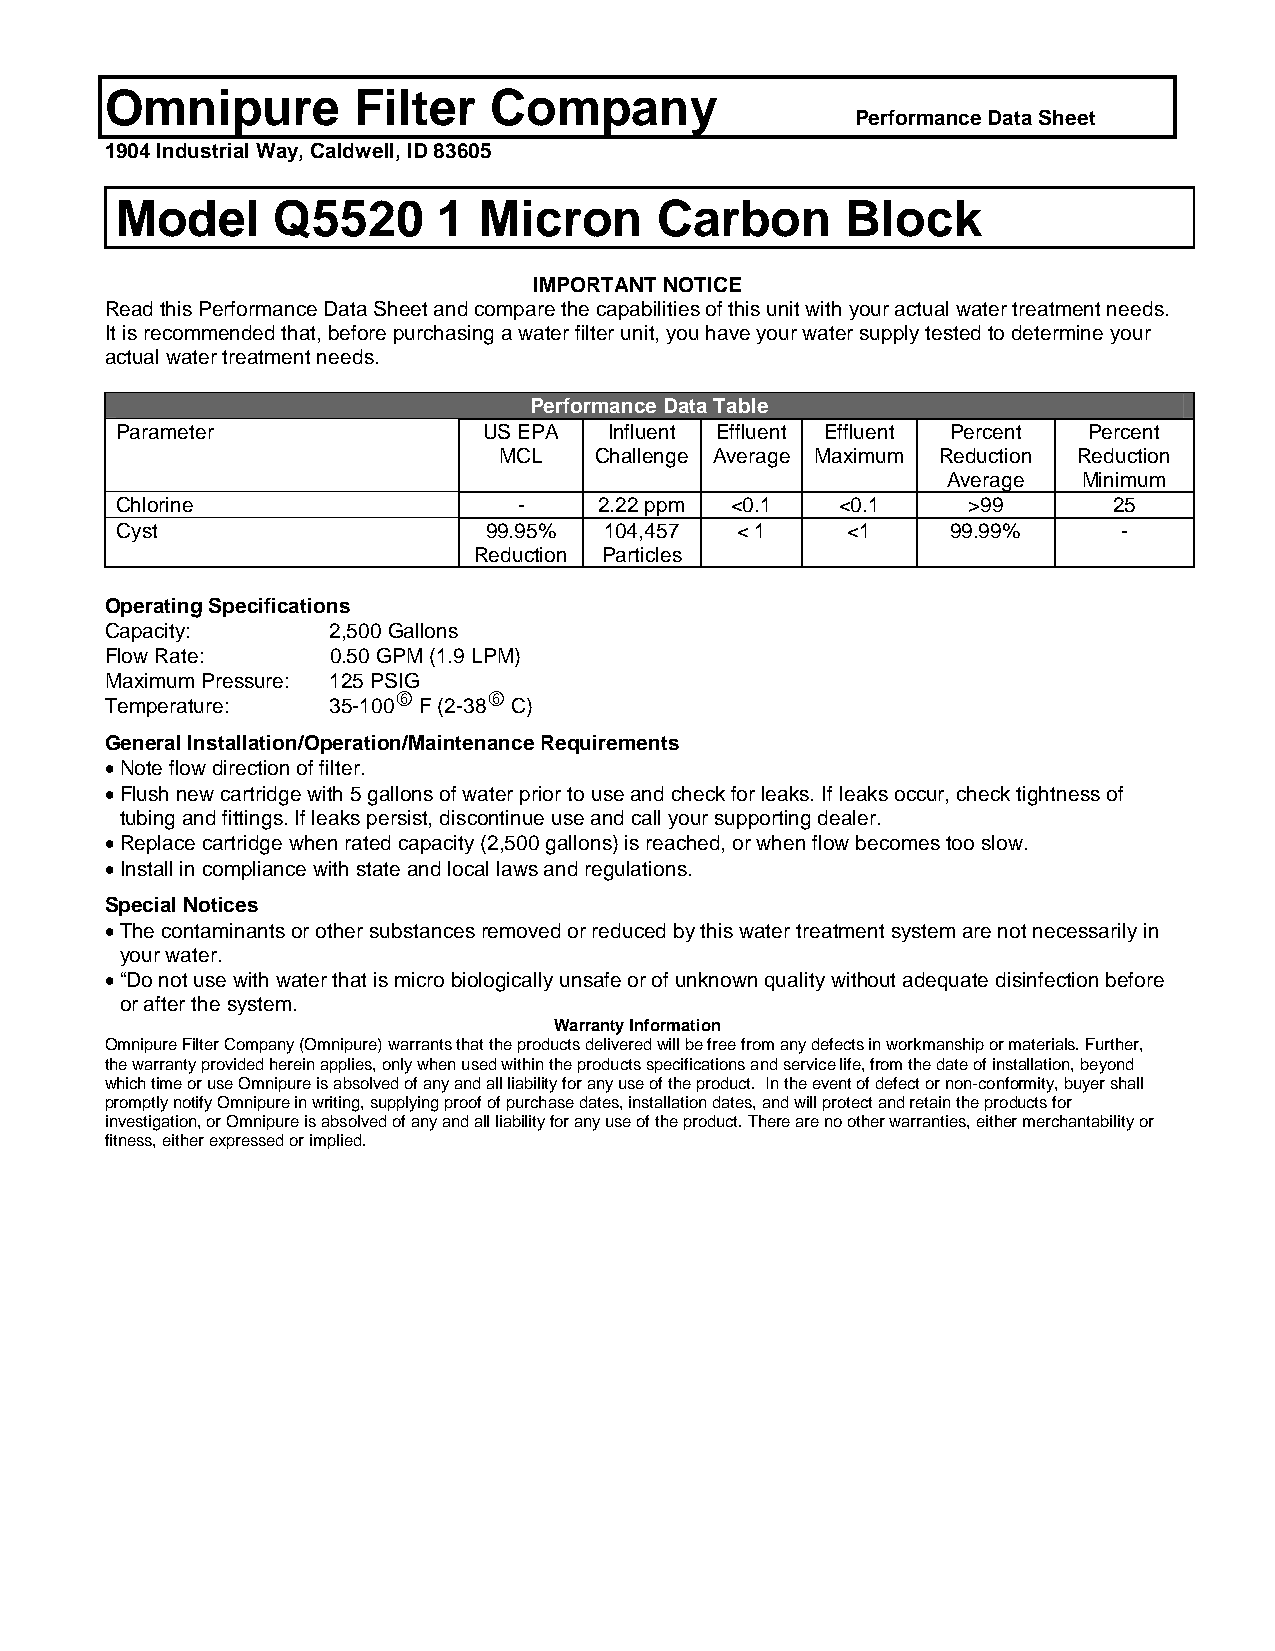
Omnipure        Filter    Company
 Performance Data Sheet
 1904 Industrial Way, Caldwell, ID 83605
 Model     Q5520      1  Micron      Carbon      Block
 IMPORTANT NOTICE
 Read this Performance Data Sheet and compare the capabilities of this unit with your actual water treatment needs.
 It is recommended that, before purchasing a water filter unit, you have your water supply tested to determine your
 actual water treatment needs.
 Performance Data Table
 Parameter               US EPA  Influent Effluent Effluent Percent Percent
 MCL   Challenge Average Maximum Reduction Reduction
 Average  Minimum
 Chlorine                  -     2.22 ppm <0.1   <0.1    >99       25
 Cyst                    99.95%  104,457  < 1    <1     99.99%     -
 Reduction Particles
 Operating Specifications
 Capacity:      2,500 Gallons
 Flow Rate:     0.50 GPM (1.9 LPM)
 Maximum Pressure: 125 PSIG
 6     6
 Temperature:   35-100 F (2-38 C)
 General Installation/Operation/Maintenance Requirements
 • Note flow direction of filter.
 • Flush new cartridge with 5 gallons of water prior to use and check for leaks. If leaks occur, check tightness of
 tubing and fittings. If leaks persist, discontinue use and call your supporting dealer.
 • Replace cartridge when rated capacity (2,500 gallons) is reached, or when flow becomes too slow.
 • Install in compliance with state and local laws and regulations.
 Special Notices
 • The contaminants or other substances removed or reduced by this water treatment system are not necessarily in
 your water.
 • “Do not use with water that is micro biologically unsafe or of unknown quality without adequate disinfection before
 or after the system.
 Warranty Information
 Omnipure Filter Company (Omnipure) warrants that the products delivered will be free from any defects in workmanship or materials. Further,
 the warranty provided herein applies, only when used within the products specifications and service life, from the date of installation, beyond
 which time or use Omnipure is absolved of any and all liability for any use of the product. In the event of defect or non-conformity, buyer shall
 promptly notify Omnipure in writing, supplying proof of purchase dates, installation dates, and will protect and retain the products for
 investigation, or Omnipure is absolved of any and all liability for any use of the product. There are no other warranties, either merchantability or
 fitness, either expressed or implied.